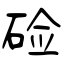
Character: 硷